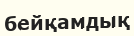
бейқамдық